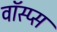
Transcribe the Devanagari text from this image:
वॉस्प्स